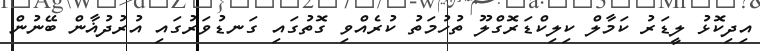
އިދިކޮޅު ލީޑަރު ކަމާލް ކިލިކްޑަރޮގްލޫ ތުހުމަތު ކުރެއްވި ގޮތުގައި ގަނޑުވަރުގައި އުރުދުޣާން ބޭނުން